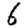
Digit: 6